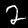
Digit: 2